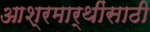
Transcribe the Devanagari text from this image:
आश्रमार्थींसाठी